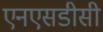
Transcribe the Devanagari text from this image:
एनएसडीसी